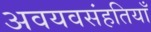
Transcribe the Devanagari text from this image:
अवयवसंहतियाँ